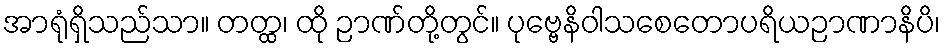
အာရုံရှိသည်သာ။ တတ္ထ၊ ထို ဉာဏ်တို့တွင်။ ပုဗ္ဗေနိဝါသစေတောပရိယဉာဏာနိပိ၊